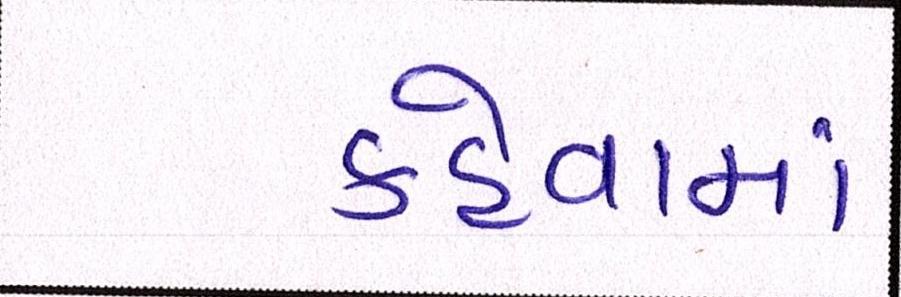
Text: કહેવામાં